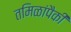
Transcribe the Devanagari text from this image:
तमिळांपैकी